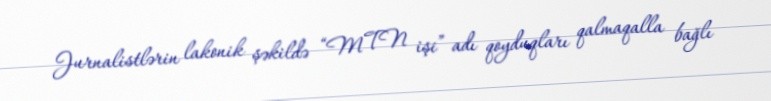
Jurnalistlərin lakonik şəkildə “MTN işi” adı qoyduqları qalmaqalla bağlı